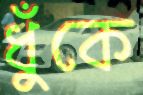
ধুঁকে